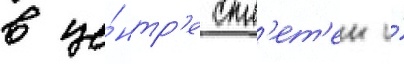
в це́нтр'е спл'ет'ен и́